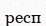
респ